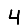
Digit: 4